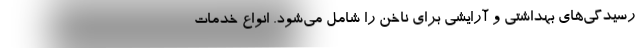
رسیدگی‌های بهداشتی و آرایشی برای ناخن را شامل می‌شود. انواع خدمات